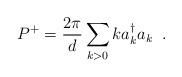
LaTeX: \begin{align*}P^+ = \frac{2 \pi}{d} \sum_{k>0} k a_k^\dagger a_k \; \; .\end{align*}